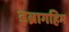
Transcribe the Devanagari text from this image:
इब्रागहिम